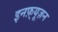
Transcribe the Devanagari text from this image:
इनफ़्यूज़न